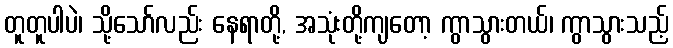
တူတူပါပဲ၊ သို့သော်လည်း နေရာတို့, အသုံးတို့ကျတော့ ကွာသွားတယ်၊ ကွာသွားသည့်